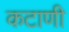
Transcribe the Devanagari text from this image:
कटाणी